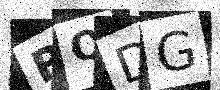
Text: RQDG